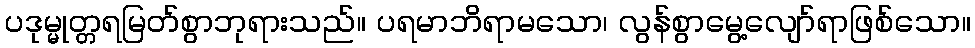
ပဒုမ္မုတ္တရမြတ်စွာဘုရားသည်။ ပရမာဘိရာမသော၊ လွန်စွာမွေ့လျော်ရာဖြစ်သော။